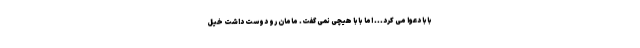
بابا دعوا می کرد... اما بابا هیچی نمی گفت. مامان رو دوست داشت خیل